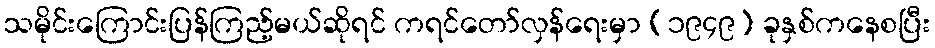
သမိုင်းကြောင်းပြန်ကြည့်မယ်ဆိုရင် ကရင်တော်လှန်ရေးမှာ (၁၉၄၉) ခုနှစ်ကနေစပြီး